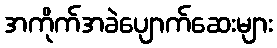
အကိုက်အခဲပျောက်ဆေးများ